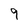
Character: 9